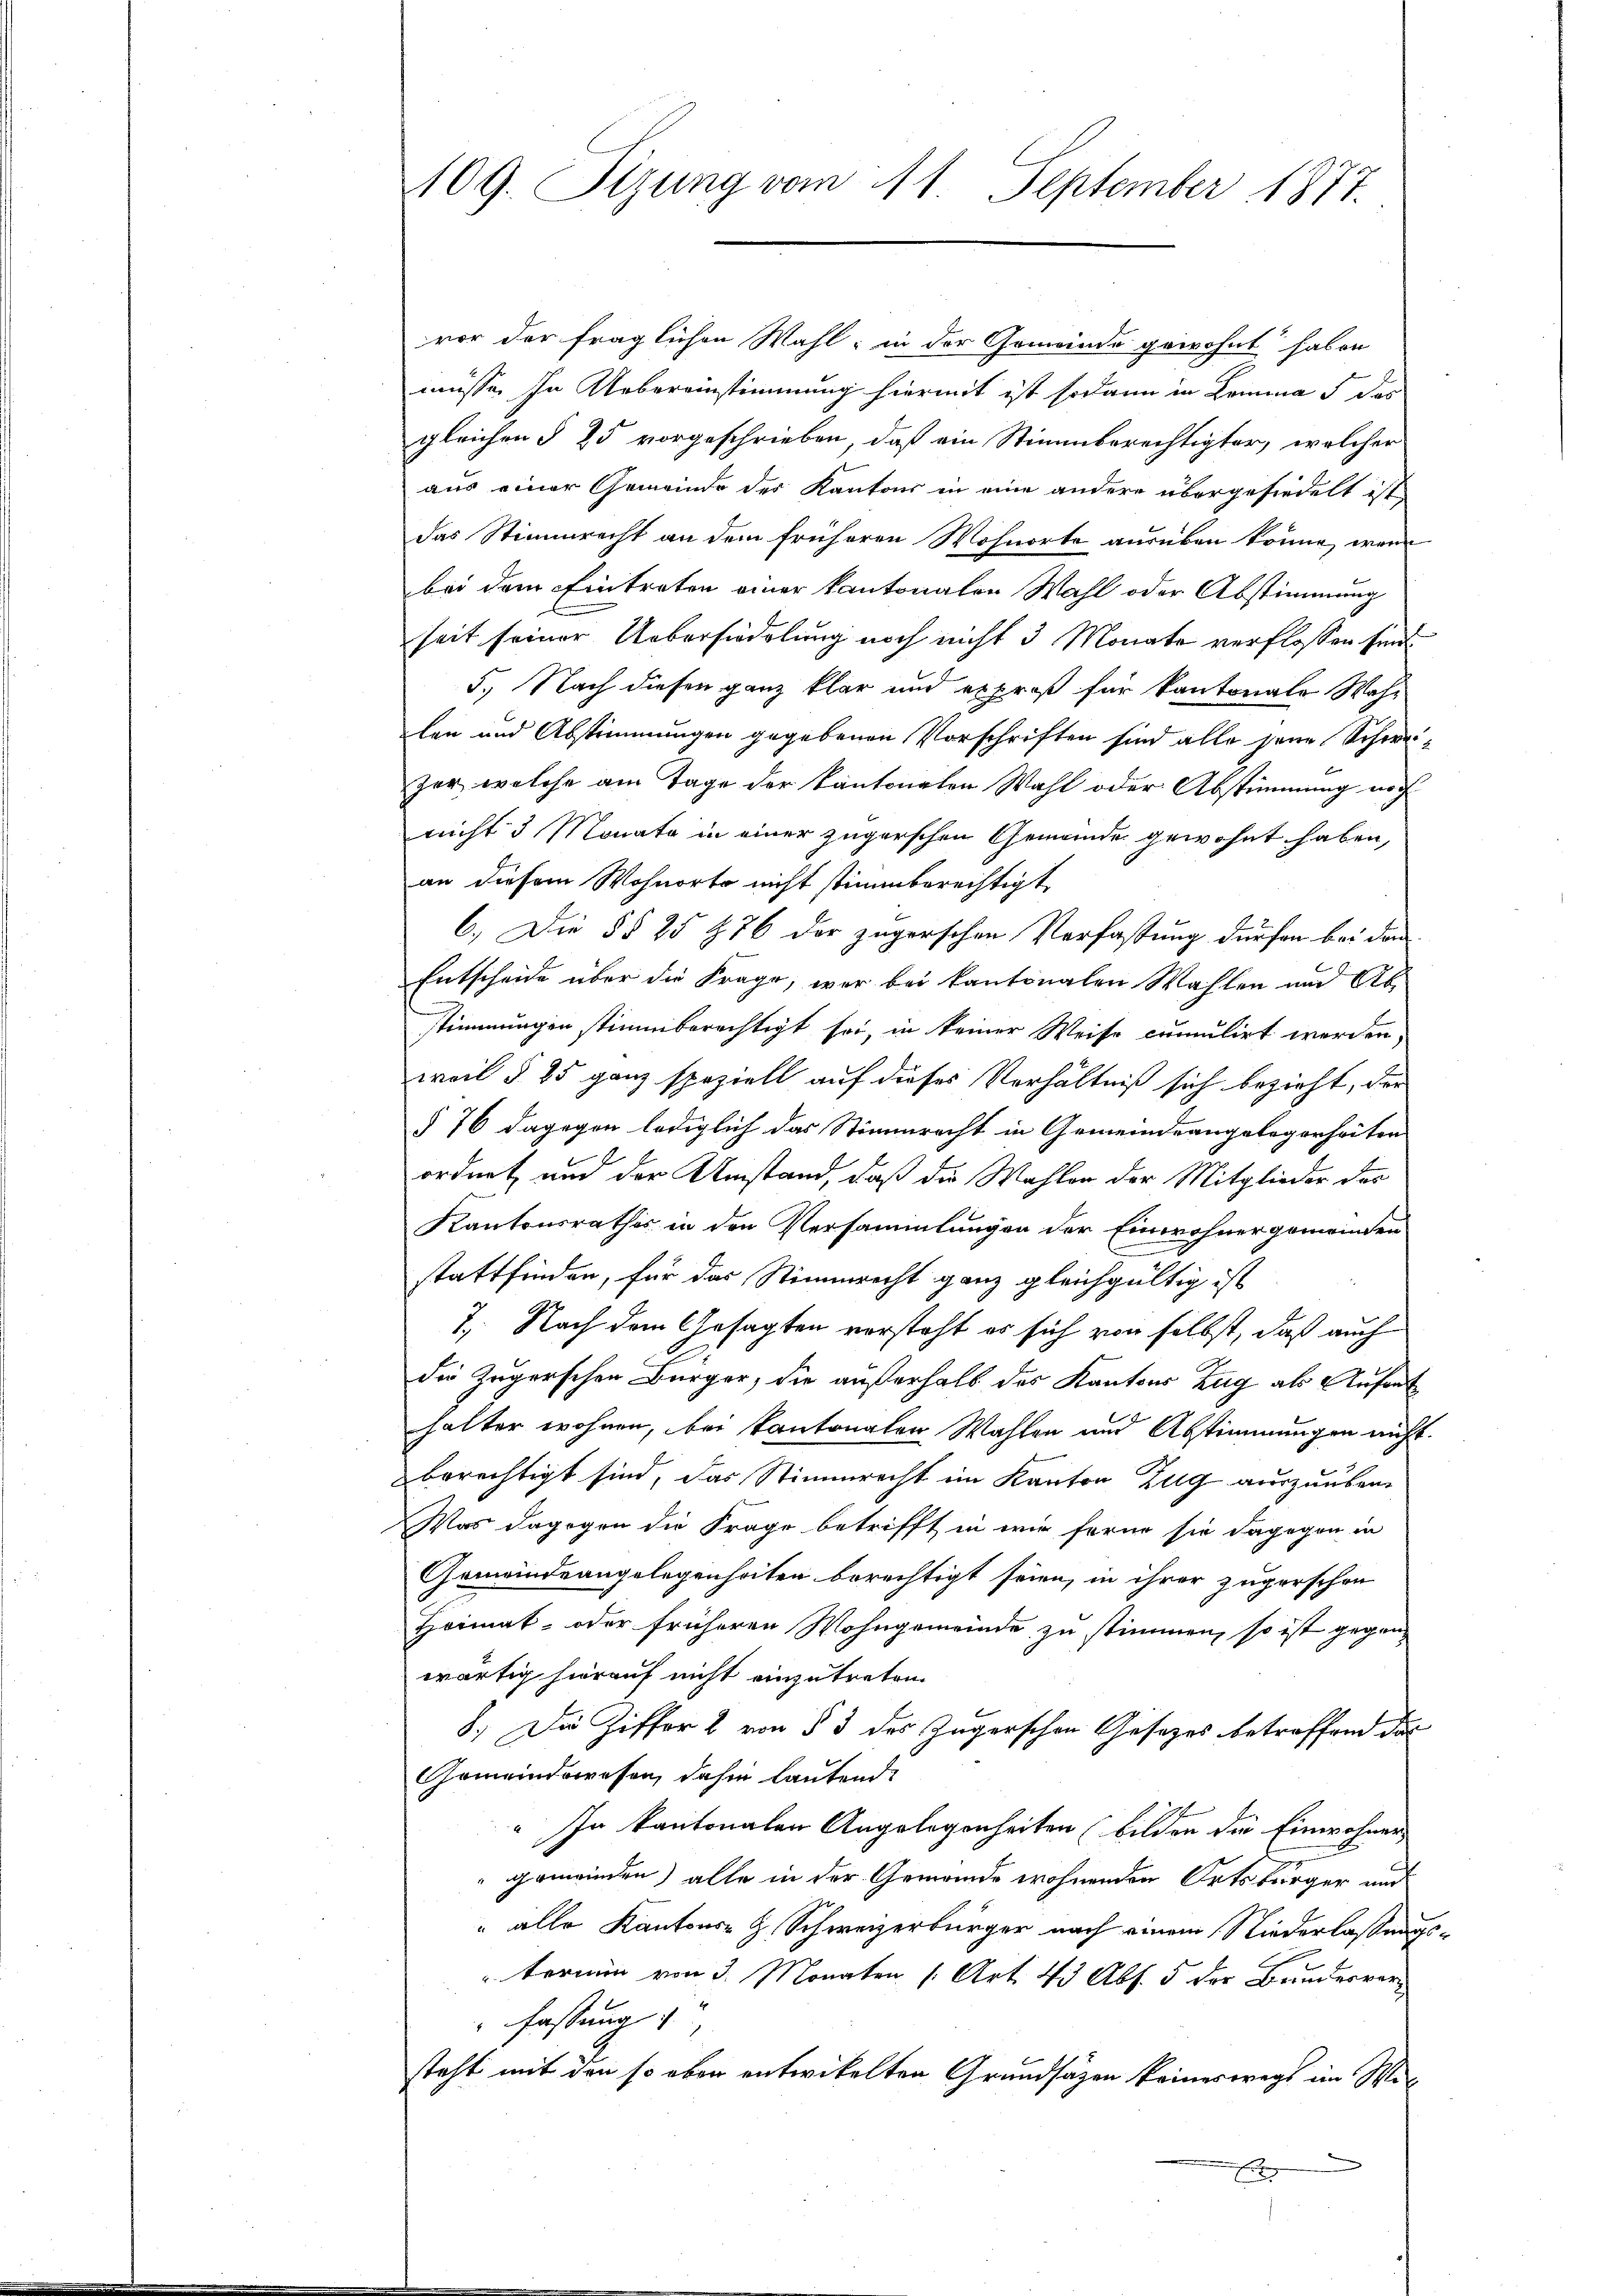
109. Sizung vom 11. September 1877.

vor der fraglichen Wahl; in der Gemeinde gewohnt haben
müsse. In Uebereinstimmung hiermit ist sodann in Lemma 5 des
gleichen § 25 vorgeschrieben, daß ein Stimmberechtigter, welcher
aus einer Gemeinde des Kantons in eine andere übergesiedelt ist,
das Stimmrecht an dem früheren Wohnorte ausüben könne, wenn
bei dem Eintreten einer kantonalen Wahl oder Abstimmung
seit seiner Uebersiedelung noch nicht 3 Monate verflossen sind
5.) Nach diesen ganz klar und expres für kantonale Wahlen und Abstimmungen gegebenen Vorschriften sind alle jene Schweizer, welche am Tage der Kantonalen Wahl oder Abstimmung noch
nicht 3 Monate in einer zugerschen Gemeinde gewohnt haben,
an diesem Wohnorte nicht stimmberechtigt,
6.) Die §§ 25 t 76 der zugerschen Verfassung dürfen bei den
Entscheide über die Frage, war bei kantonalen Wahlen und Abstimmungen stimmberechtigt sei, in keiner Weise cumulirt werden,
weil § 25 ganz speziell auf dieses Verhältniß sich bezieht, der
§ 76 dagegen lediglich das Stimmrecht in Gemeindeangelegenheiten
ordnet und der Umstand, daß die Wahler der Mitglieder der
Kantonsrathes in den Versammlungen der Einwohnergemeinden
stattfinden, für das Stimmrecht ganz gleichgültig ist
7. Nach dem Gesagten vorsteht es sich von selbst, daß auch
die Zugerschen Bürger, die außerhalb des Kantons Zug als Aufent
halter wohnen, bei kantonaten Wahlen und Abstimmungen nicht.
berechtigt sind, das Stimmrecht im Kanton Zug auszuüben¬
Was dagegen die Frage betrifft in wie ferne sie dagegen in
Gemeindeangelegenheiten berechtigt seien, in ihrer zugerschen
Heimat- oder früheren Wohngemeinde zu stimmen, so ist gegen-
wärtig hierauf nicht einzutreten.
8. Die Ziffer 2 von § 3 des Zugerschen Gesetzes betreffend das
Gemeindewesen, dahin lautend.
" In kantonalen Angelegenheiten (bilden die Einwohner
gemeinden) alle in der Gemeinde wohnenden Ortsbürger und
" alle Kantons- & Schweizerbürger nach einem Niederlassungstermin von 3 Monaten (Art. 43 Abs. 5 der Bundesver
fassung
steht mit den so eben entwickelten Grundsätzen keineswegs im Wi¬